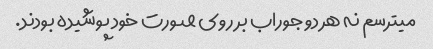
میترسم نه هر دو جوراب بر روی صورت خود پوشیده بودند.